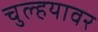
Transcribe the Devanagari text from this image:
चुल्हयावर